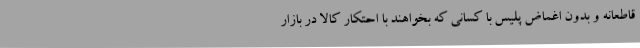
قاطعانه و بدون اغماض پلیس با کسانی که بخواهند با احتکار کالا در بازار